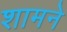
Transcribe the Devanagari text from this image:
शामने